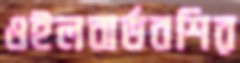
ওইলবার্ডবশির